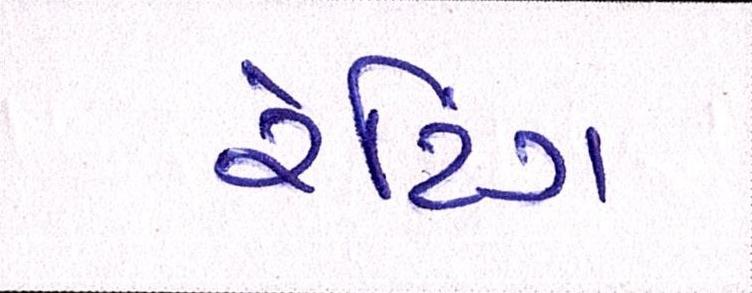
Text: રેટિંગ